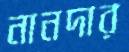
নানদার